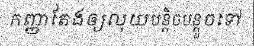
កញ្ញាតែងឲ្យលុយបន្តិចបន្តួចទៅ